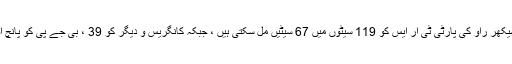
ایگزٹ پولس کے مطابق تلنگانہ میں چندر شیکھر راو کی پارٹی ٹی آر ایس کو 119 سیٹوں میں 67 سیٹیں مل سکتی ہیں ، جبکہ کانگریس و دیگر کو 39 ، بی جے پی کو پانچ اور دیگر کو 8 آٹھ سیٹیں ملنے کا امکان ہے۔